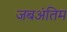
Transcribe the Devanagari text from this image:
जबअंतिम